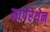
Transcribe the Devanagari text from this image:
मार्गरेथेन